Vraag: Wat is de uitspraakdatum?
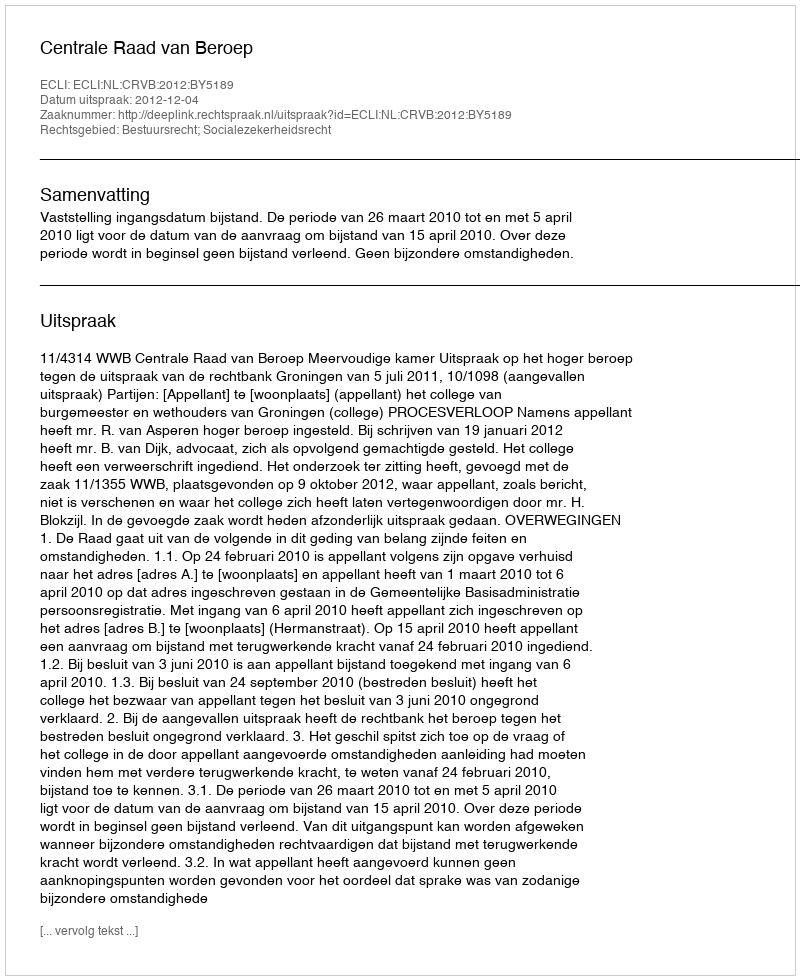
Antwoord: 2012-12-04